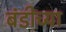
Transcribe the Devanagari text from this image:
बंडीच्या